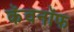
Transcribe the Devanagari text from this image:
कॅवनॉफ